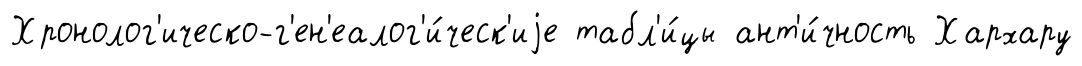
Хронолог'ическо-г'ен'еалог'и́ческ'иjе табл'и́цы ант'и́чность Хархару